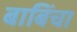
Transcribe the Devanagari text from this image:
बाबिंचा